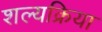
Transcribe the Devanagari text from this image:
शल्‍यक्रिया